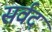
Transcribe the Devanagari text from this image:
सर्वद